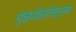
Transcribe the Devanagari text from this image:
एकमेकांबद्लच